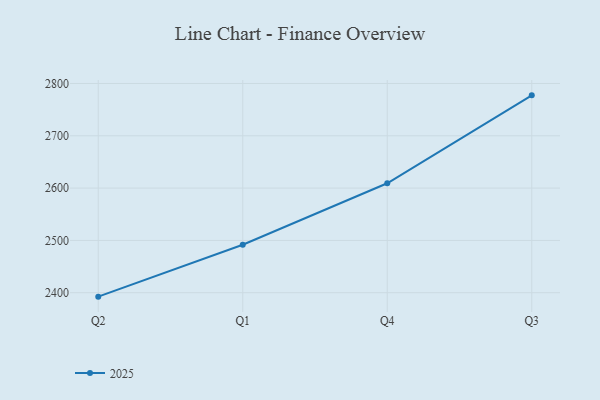
{"axis": {"x": "Quarter", "y": "Budget (USD K)"}, "legend": ["2025"], "data": [{"x": "Q2", "y": 2392.5, "type": "2025"}, {"x": "Q1", "y": 2491.7, "type": "2025"}, {"x": "Q4", "y": 2609.2, "type": "2025"}, {"x": "Q3", "y": 2777.3, "type": "2025"}]}